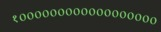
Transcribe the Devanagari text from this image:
१००००००००००००००००००